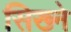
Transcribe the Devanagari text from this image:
सिख्ने